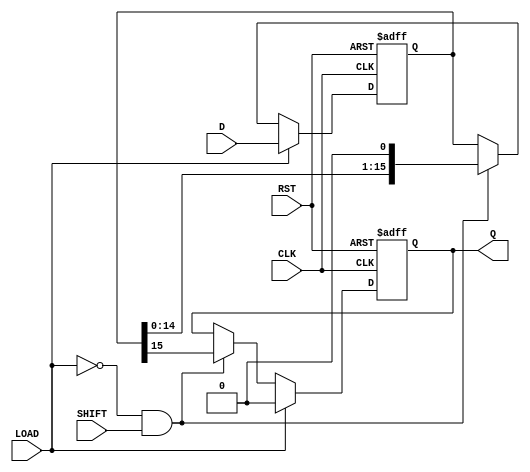
module PISO_16bit (
    input wire [15:0] D,      // 16-bit data input
    input wire LOAD,          // Load control signal
    input wire SHIFT,         // Shift control signal
    input wire CLK,           // Clock input
    input wire RST,           // Asynchronous reset
    output reg Q              // Serial output
);

    reg [15:0] shift_reg;     // 16-bit shift register

    always @(posedge CLK or posedge RST) begin
        if (RST) begin
            // Asynchronous reset
            shift_reg <= 16'b0; // Clear the shift register
            Q <= 1'b0;          // Clear the serial output
        end else if (LOAD) begin
            // Load data into shift register
            shift_reg <= D;     // Load parallel data into register
            Q <= 1'b0;          // Reset Q while loading
        end else if (~LOAD && SHIFT) begin
            // Shift out data serially
            Q <= shift_reg[15]; // Output the MSB (leftmost bit)
            shift_reg <= {shift_reg[14:0], 1'b0}; // Shift left
        end
    end

endmodule